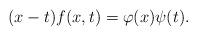
LaTeX: \begin{align*}(x-t)f(x, t) = \varphi(x) \psi(t).\end{align*}